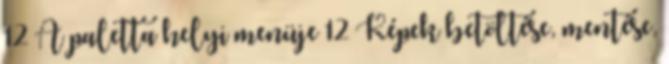
12 A paletta helyi menüje 12 Képek betöltése, mentése,